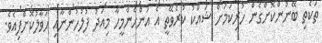
ތަކެތި ބޭނުންކޮށްގެން ހުރިކަމަށް ޝައްކު ކުރެވޭތީ އެ އަންހެންމީހާ މިއަދު ފުލުހުންނާއި ޙަވާލުކޮށްފިއެވެ.